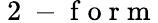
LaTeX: \mathrm{~2~-~f~o~r~m~}